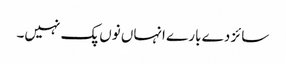
سائز دے بارے انہاں نوں پک نہیں۔